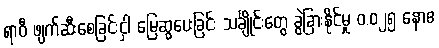
ရာဝီ ဖျက်ဆီးစေခြင်းငှါ မြေဆွပေးခြင်း သင်္ချိုင်းတွေ ခွဲခြားနိုင်မှု ၀.၀၂၅ နောဧ